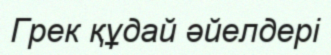
Грек құдай әйелдері